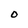
Character: O